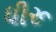
ધીરૂ